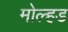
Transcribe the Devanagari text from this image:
मोल्हड